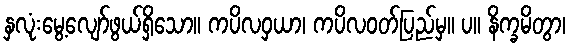
နှလုံးမွေ့လျော်ဖွယ်ရှိသော။ ကပိလဝှယာ၊ ကပိလဝတ်ပြည်မှ။ ပ။ နိက္ခမိတွာ၊